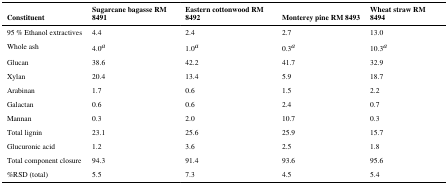
<table><thead><tr><td><b>Constituent</b></td><td><b>Sugarcane bagasse RM 8491</b></td><td><b>Eastern cottonwood RM 8492</b></td><td><b>Monterey pine RM 8493</b></td><td><b>Wheat straw RM 8494</b></td></tr></thead><tbody><tr><td>95 % Ethanol extractives</td><td>4.4</td><td>2.4</td><td>2.7</td><td>13.0</td></tr><tr><td>Whole ash</td><td>4.0a</td><td>1.0a</td><td>0.3a</td><td>10.3a</td></tr><tr><td>Glucan</td><td>38.6</td><td>42.2</td><td>41.7</td><td>32.9</td></tr><tr><td>Xylan</td><td>20.4</td><td>13.4</td><td>5.9</td><td>18.7</td></tr><tr><td>Arabinan</td><td>1.7</td><td>0.6</td><td>1.5</td><td>2.2</td></tr><tr><td>Galactan</td><td>0.6</td><td>0.6</td><td>2.4</td><td>0.7</td></tr><tr><td>Mannan</td><td>0.3</td><td>2.0</td><td>10.7</td><td>0.3</td></tr><tr><td>Total lignin</td><td>23.1</td><td>25.6</td><td>25.9</td><td>15.7</td></tr><tr><td>Glucuronic acid</td><td>1.2</td><td>3.6</td><td>2.5</td><td>1.8</td></tr><tr><td>Total component closure</td><td>94.3</td><td>91.4</td><td>93.6</td><td>95.6</td></tr><tr><td>%RSD (total)</td><td>5.5</td><td>7.3</td><td>4.5</td><td>5.4</td></tr></tbody></table>